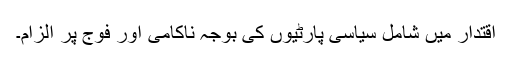
اقتدار میں شامل سیاسی پارٹیوں کی بوجہ ناکامی اور فوج پر الزام۔